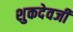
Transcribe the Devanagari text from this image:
शुकदेवजी